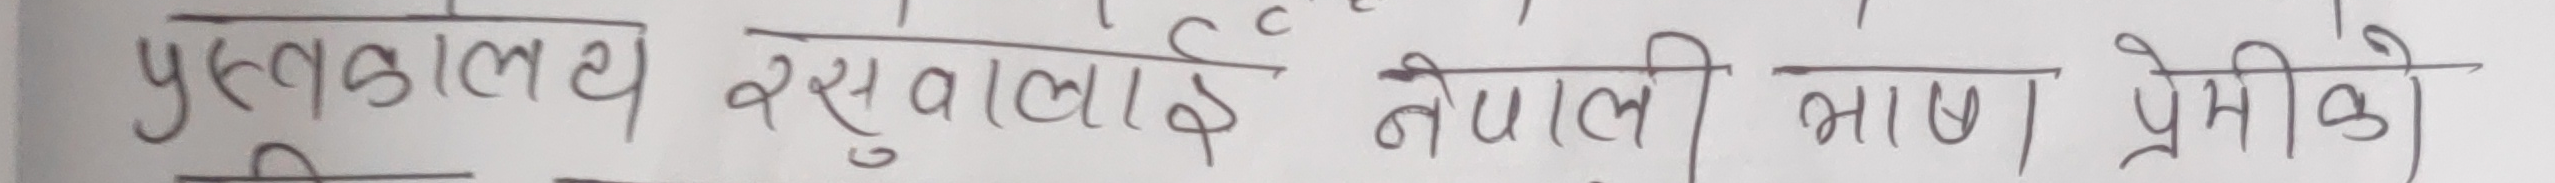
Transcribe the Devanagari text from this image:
पुस्तकालय यसवालाई नेपाली भाषा प्रेमीको